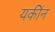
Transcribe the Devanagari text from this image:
यकींन